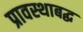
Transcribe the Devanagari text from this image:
प्रावस्थाबद्ध